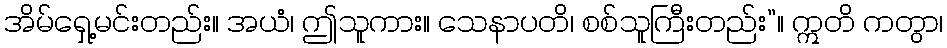
အိမ်ရှေ့မင်းတည်း။ အယံ၊ ဤသူကား။ သေနာပတိ၊ စစ်သူကြီးတည်း”။ ဣတိ ကတွာ၊